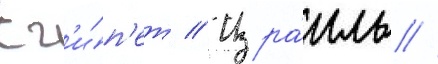
Ег'и́п'ет // Изра́иль //